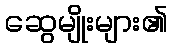
ဆွေမျိုးများ၏